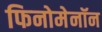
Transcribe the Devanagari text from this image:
फिनोमेनॉन